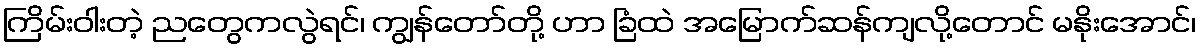
ကြိမ်းဝါးတဲ့ ညတွေကလွဲရင်၊ ကျွန်တော်တို့ ဟာ ခြံထဲ အမြောက်ဆန်ကျလို့တောင် မနိုးအောင်၊